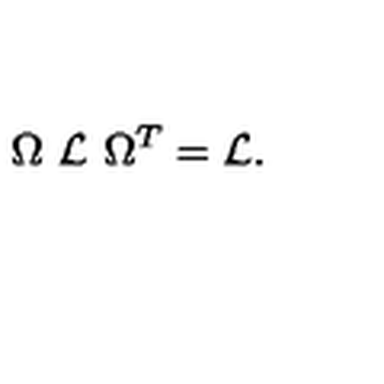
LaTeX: \Omega \ { \cal L } \ \Omega ^ { T } = { \cal L } .